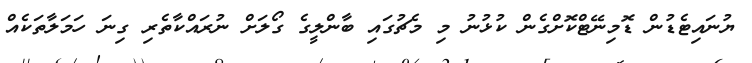
ޔުނައިޓެޑުން ޑޮމިނޭޓްކޮށްގެން ކުޅުނު މި މެޗުގައި ބާންލީގެ ގޯލަށް ނުރައްކާތެރި ގިނަ ހަމަލާތަކެއް